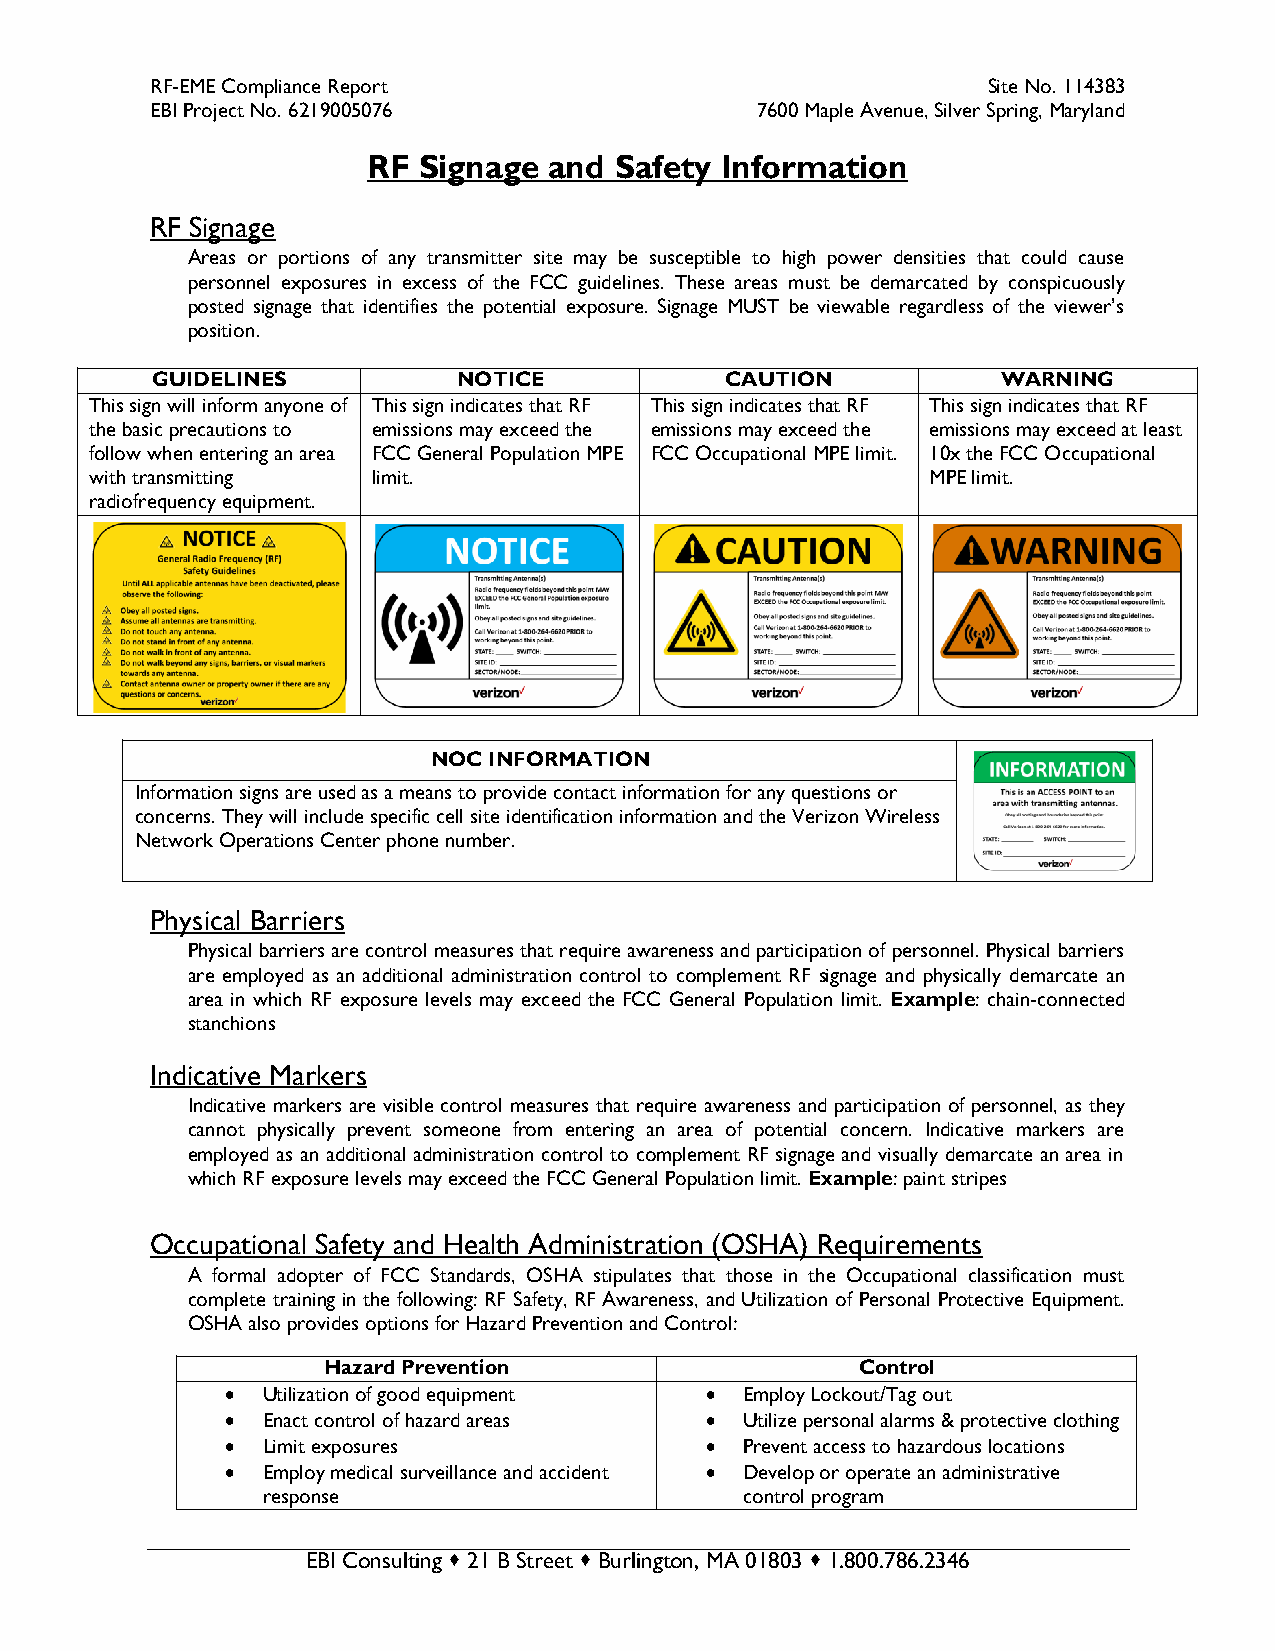
RF-EME Compliance Report                               Site No. 114383
 EBI Project No. 6219005076              7600 Maple Avenue, Silver Spring, Maryland
 RF  Signage and  Safety Information
 RF Signage
 Areas or portions of any transmitter site may be susceptible to high power densities that could cause
 personnel exposures in excess of the FCC guidelines. These areas must be demarcated by conspicuously
 posted signage that identifies the potential exposure. Signage MUST be viewable regardless of the viewer’s
 position.
 GUIDELINES          NOTICE            CAUTION           WARNING
 This sign will inform anyone of This sign indicates that RF This sign indicates that RF This sign indicates that RF
 the basic precautions to emissions may exceed the emissions may exceed the emissions may exceed at least
 follow when entering an area FCC General Population MPE FCC Occupational MPE limit. 10x the FCC Occupational
 with transmitting  limit.                               MPE limit.
 radiofrequency equipment.
 NOC INFORMATION
 Information signs are used as a means to provide contact information for any questions or
 concerns. They will include specific cell site identification information and the Verizon Wireless
 Network Operations Center phone number.
 Physical Barriers
 Physical barriers are control measures that require awareness and participation of personnel. Physical barriers
 are employed as an additional administration control to complement RF signage and physically demarcate an
 area in which RF exposure levels may exceed the FCC General Population limit. Example: chain-connected
 stanchions
 Indicative Markers
 Indicative markers are visible control measures that require awareness and participation of personnel, as they
 cannot physically prevent someone from entering an area of potential concern. Indicative markers are
 employed as an additional administration control to complement RF signage and visually demarcate an area in
 which RF exposure levels may exceed the FCC General Population limit. Example: paint stripes
 Occupational Safety and Health Administration (OSHA) Requirements
 A formal adopter of FCC Standards, OSHA stipulates that those in the Occupational classification must
 complete training in the following: RF Safety, RF Awareness, and Utilization of Personal Protective Equipment.
 OSHA also provides options for Hazard Prevention and Control:
 Hazard Prevention                   Control
  Utilization of good equipment  Employ Lockout/Tag out
  Enact control of hazard areas  Utilize personal alarms & protective clothing
  Limit exposures                Prevent access to hazardous locations
  Employ medical surveillance and accident  Develop or operate an administrative
 response                        control program
 EBI Consulting  21 B Street  Burlington, MA 01803  1.800.786.2346